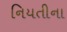
નિયતીના